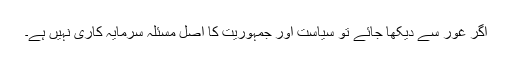
اگر غور سے دیکھا جائے تو سیاست اور جمہوریت کا اصل مسئلہ سرمایہ کاری نہیں ہے۔